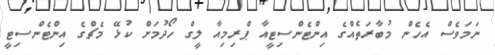
ނަމަވެސް އެހެން މުބާރަތެއްގެ އިންޓެންސިޓީއާ ޕްރިމިއާ ލީގް ހޯދުމަށް ކުޅޭ މެޗްގެ އިންޓެންސިޓީ